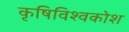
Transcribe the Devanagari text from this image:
कृषिविश्वकोश